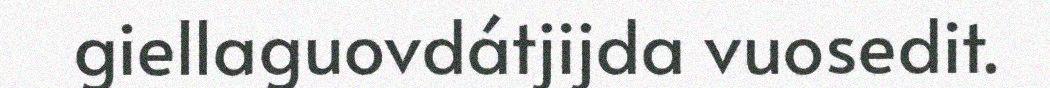
giellaguovdátjijda vuosedit.